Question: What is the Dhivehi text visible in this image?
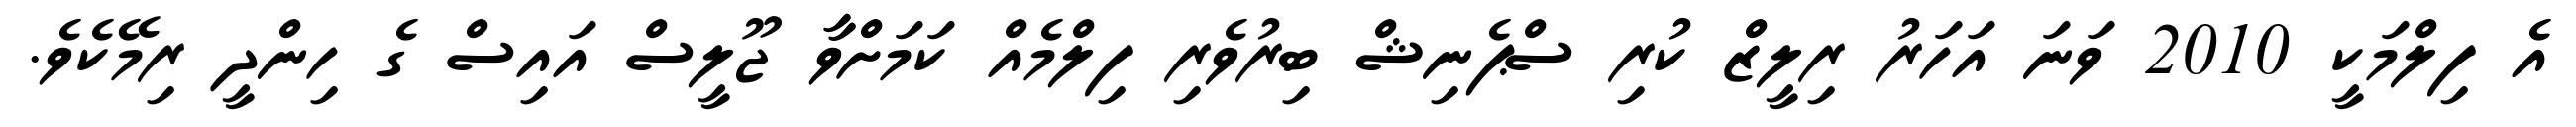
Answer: އެ ފިލްމަކީ 2010 ވަނަ އަހަރު ރިލީޒް ކުރި ސްޕެނިޝް ބިރުވެރި ފިލްމެއް ކަމަށްވާ ޖޫލީސް އައިސް ގެ ހިންދީ ރިމޭކެވެ.